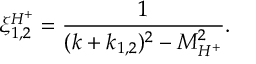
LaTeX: \xi _ { 1 , 2 } ^ { H ^ { + } } = \frac { 1 } { ( k + k _ { 1 , 2 } ) ^ { 2 } - M _ { H ^ { + } } ^ { 2 } } .